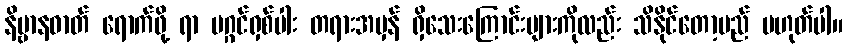
နိဗ္ဗာနဓာတ် ရောက်ဖို့ ရာ မဂ္ဂင်ရှစ်ပါး တရားအမှန် ရှိသေးကြောင်းများကိုလည်း သိနိုင်တော့မည် မဟုတ်ပါ။